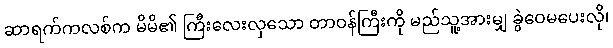
ဆာရက်ကလစ်က မိမိ၏ ကြီးလေးလှသော တာဝန်ကြီးကို မည်သူ့အားမျှ ခွဲဝေမပေးလို၊